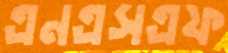
এনএসএফ